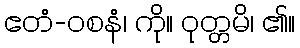
ဧတံ-ဝစနံ၊ ကို။ ဝုတ္တမိ၊ ၏။